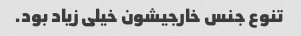
تنوع جنس خارجیشون خیلی زیاد بود.